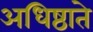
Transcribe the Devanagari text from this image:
अधिष्ठाते